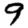
Digit: 9